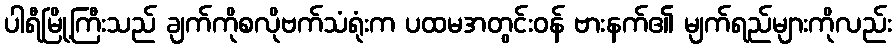
ပါရီမြို့ကြီးသည် ချက်ကိုစလိုဗက်သံရုံးက ပထမအတွင်းဝန် ဗားနက်၏ မျက်ရည်များကိုလည်း